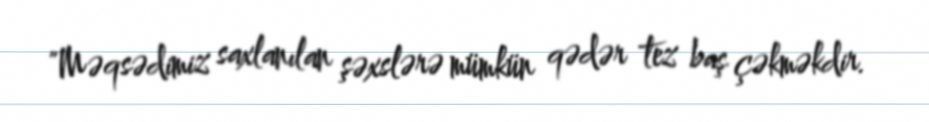
"Məqsədimiz saxlanılan şəxslərə mümkün qədər tez baş çəkməkdir.